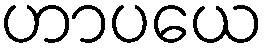
ဟာပယေ